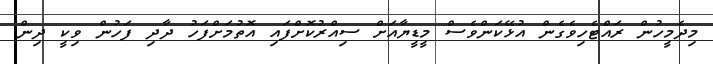
މިދެމީހުން ރައްޓެހިވެގެން އުޅޭކަންވެސް މީޑީޔާއަށް ސިއްރުކޮށްފައި އޮތުމަށްފަހު ދާދި ފަހުން ވިކީ ދިން